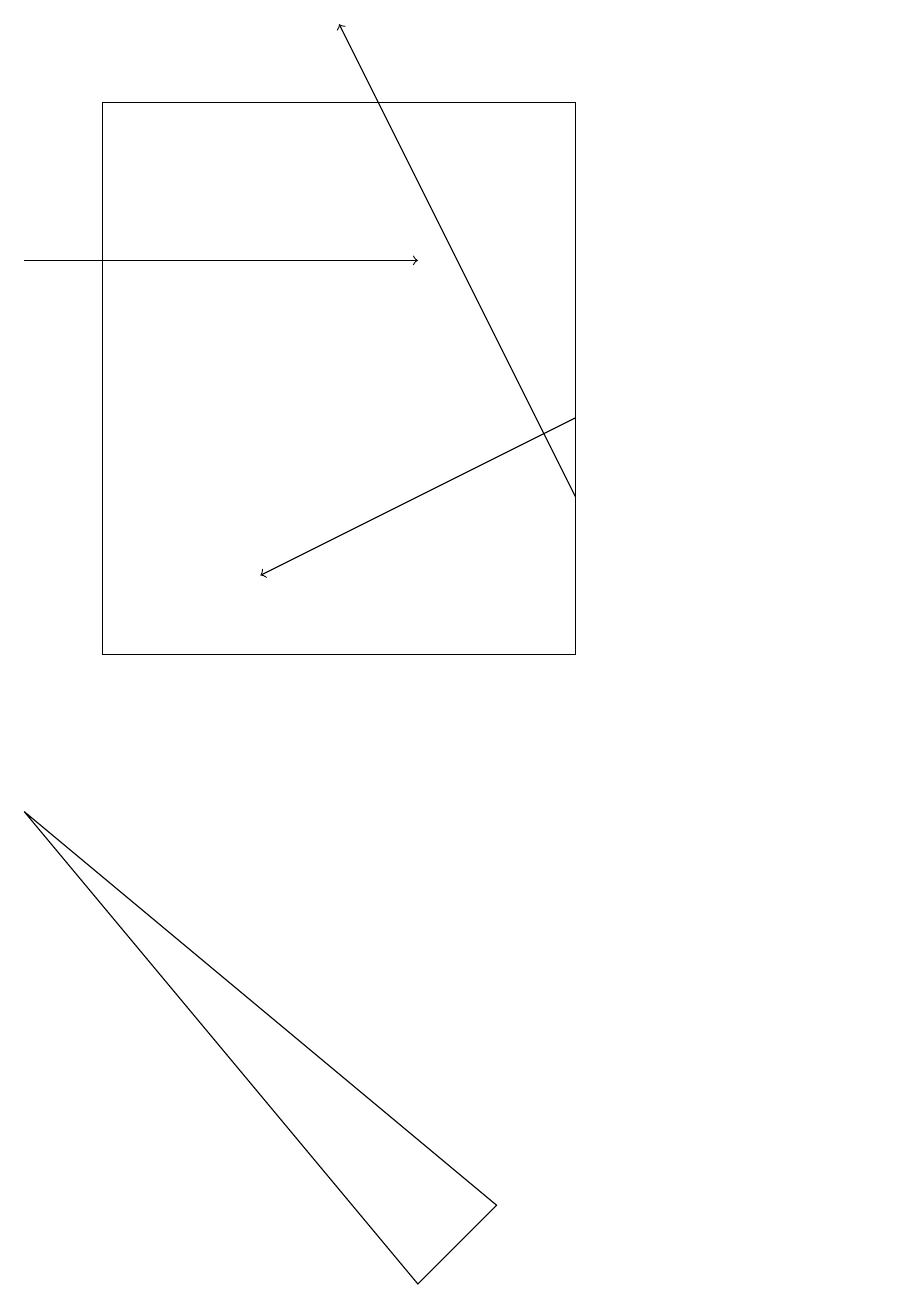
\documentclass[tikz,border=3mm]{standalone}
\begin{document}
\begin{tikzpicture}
\draw[->] (7,13) -- (3,11);
\draw (11,10) circle (0);
\draw (1,10) rectangle (7,17);
\draw[->] (7,12) -- (4,18);
\draw[->] (0,15) -- (5,15);
\draw (6,3) -- (5,2) -- (0,8) -- cycle;
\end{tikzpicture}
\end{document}